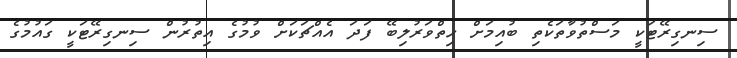
ސިނގިރޭޓަކީ މަސްތުވާތަކެތި ބުއިމަށް ހިތްވަރުލިބޭ ފަދަ އެއްޗަކަށް ވުމުގެ އިތުރުން ސިނގިރޭޓަކީ ގައުމުގެ